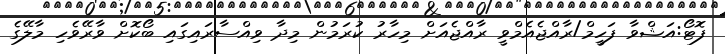
ފޮޓޯ:އަޝްވާ ފަހީމް/ރާއްޖެއެމްވީ ރާއްޖެއަށް މިހާރު ކުރަމުން މިދާ ވިއްސާރައިގައި ބޯކޮށް ވާރޭވެހި މާލޭގެ